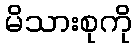
မိသားစုကို